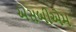
એસબીએમ